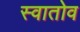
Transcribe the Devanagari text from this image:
स्वातोव